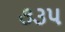
૭૩૫